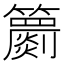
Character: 𥷙